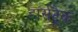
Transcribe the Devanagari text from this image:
हार्सट्रैक